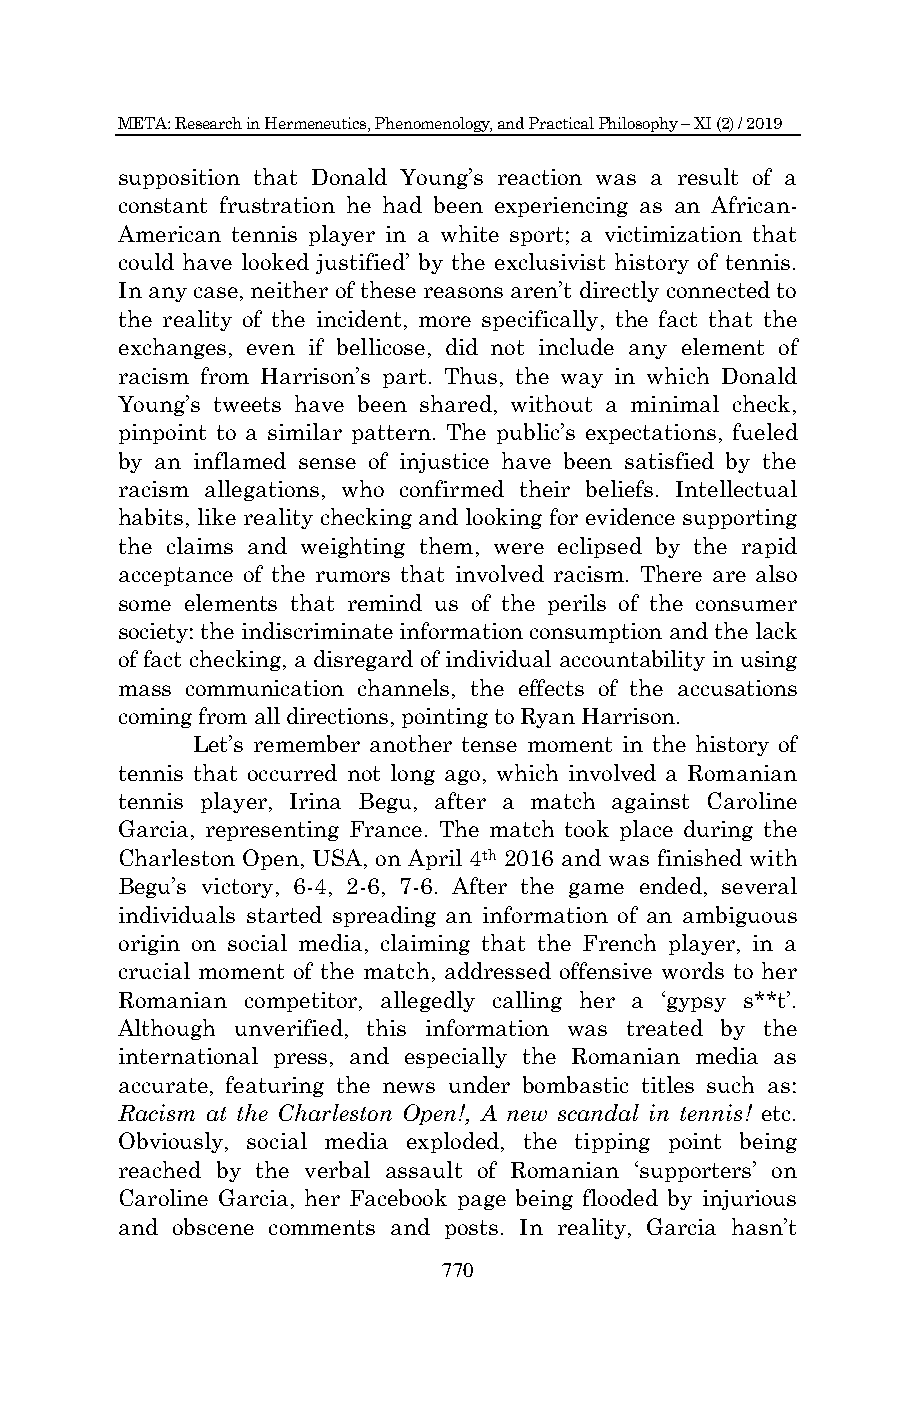
META: Research in Hermeneutics, Phenomenology, and Practical Philosophy – XI (2) / 2019
 supposition that Donald Young‟s reaction was a result of a
 constant frustration he had been experiencing as an African-
 American tennis player in a white sport; a victimization that
 could have looked justified‟ by the exclusivist history of tennis.
 In any case, neither of these reasons aren‟t directly connected to
 the reality of the incident, more specifically, the fact that the
 exchanges, even if bellicose, did not include any element of
 racism from Harrison‟s part. Thus, the way in which Donald
 Young‟s tweets have been shared, without a minimal check,
 pinpoint to a similar pattern. The public‟s expectations, fueled
 by an inflamed sense of injustice have been satisfied by the
 racism allegations, who confirmed their beliefs. Intellectual
 habits, like reality checking and looking for evidence supporting
 the claims and weighting them, were eclipsed by the rapid
 acceptance of the rumors that involved racism. There are also
 some elements that remind us of the perils of the consumer
 society: the indiscriminate information consumption and the lack
 of fact checking, a disregard of individual accountability in using
 mass communication channels, the effects of the accusations
 coming from all directions, pointing to Ryan Harrison.
 Let‟s remember another tense moment in the history of
 tennis that occurred not long ago, which involved a Romanian
 tennis player, Irina Begu, after a match against Caroline
 Garcia, representing France. The match took place during the
 Charleston Open, USA, on April 4th 2016 and was finished with
 Begu‟s victory, 6-4, 2-6, 7-6. After the game ended, several
 individuals started spreading an information of an ambiguous
 origin on social media, claiming that the French player, in a
 crucial moment of the match, addressed offensive words to her
 Romanian competitor, allegedly calling her a „gypsy s**t‟.
 Although unverified, this information was treated by the
 international press, and especially the Romanian media as
 accurate, featuring the news under bombastic titles such as:
 Racism at the Charleston Open!, A new scandal in tennis! etc.
 Obviously, social media exploded, the tipping point being
 reached by the verbal assault of Romanian „supporters‟ on
 Caroline Garcia, her Facebook page being flooded by injurious
 and obscene comments and posts. In reality, Garcia hasn‟t
 770